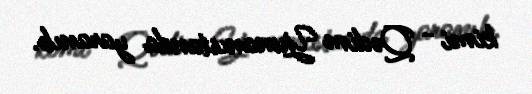
kimi - Qədim Yunanıstanda yaranıb.